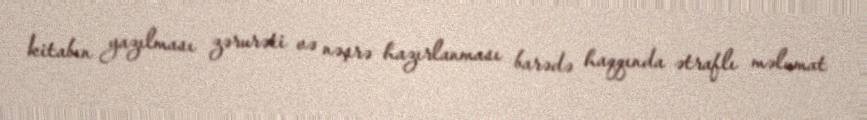
kitabın yazılması zərurəti və nəşrə hazırlanması barədə haqqında ətraflı məlumat